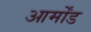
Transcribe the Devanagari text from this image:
आर्मोंड